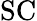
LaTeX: \mathrm{SC}